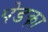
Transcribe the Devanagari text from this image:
पेडका